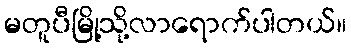
မတူပီမြို့သို့လာရောက်ပါတယ်။